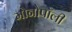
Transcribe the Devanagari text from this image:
मोनोपॉली